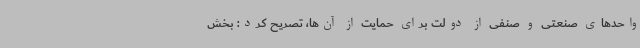
واحدهای صنعتی و صنفی از دولت برای حمایت از آن‌ها، تصریح کرد: ‌بخش